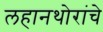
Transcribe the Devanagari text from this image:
लहानथोरांचे